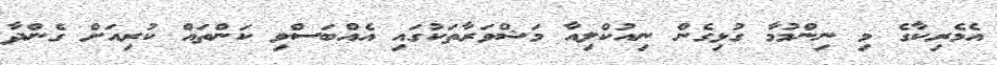
އެމެރިކާގެ މި ނިންމުމާ ގުޅިގެން ނިއުކްލިއާ މަޝްވަރާތަކުގައި އެއްބަސްވި ކަންތައް ކުރިއަށް ގެންދާ